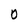
Character: O